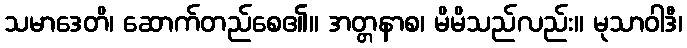
သမာဒေတိ၊ ဆောက်တည်စေ၏။ အတ္တနာစ၊ မိမိသည်လည်း။ မုသာဝါဒီ၊